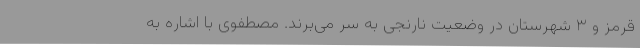
قرمز و ۳ شهرستان در وضعیت نارنجی به سر می‌برند. مصطفوی با اشاره به